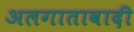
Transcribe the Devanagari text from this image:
अलगातावादी